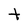
Character: t